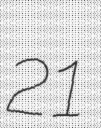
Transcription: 21